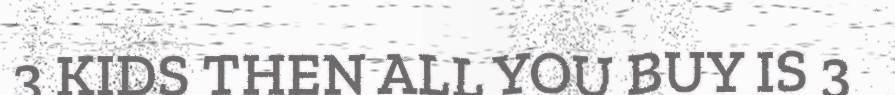
3 KIDS THEN ALL YOU BUY IS 3